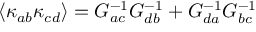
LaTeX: \left\langle \kappa _ { a b } \kappa _ { c d } \right\rangle = G _ { a c } ^ { - 1 } G _ { d b } ^ { - 1 } + G _ { d a } ^ { - 1 } G _ { b c } ^ { - 1 }